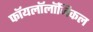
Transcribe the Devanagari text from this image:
फॉयलॉलॉजिकल